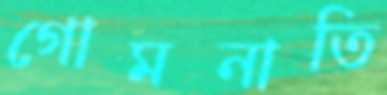
গোমনাতি